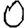
Digit: 0